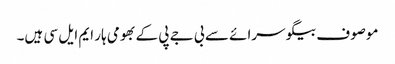
موصوف بیگو سرائے سے بی جے پی کے بھومی ہار ایم ایل سی ہیں۔